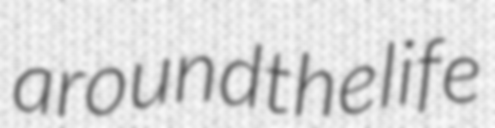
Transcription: around the life